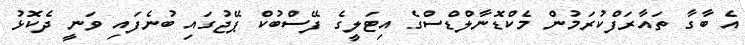
އެ ބާގާ ތައާރަފްކުރަމުން މެކްޑޮނާލްޑްސްގެ އިޓަލީގެ ފޭސްބުކް ޕޭޖުގައި ބުނެފައި ވަނީ ދެކޮޅު